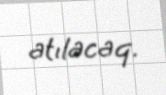
atılacaq.